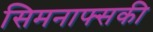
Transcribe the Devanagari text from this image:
सिमनाफ्सकी